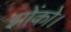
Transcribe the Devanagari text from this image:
झोंको।